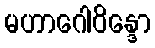
မဟာဂေါဝိန္ဒော